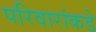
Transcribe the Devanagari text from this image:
परिवारांकडे